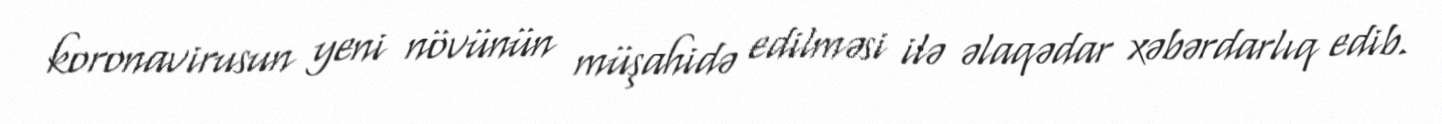
koronavirusun yeni növünün müşahidə edilməsi ilə əlaqədar xəbərdarlıq edib.